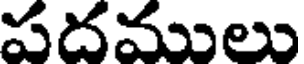
పదములు